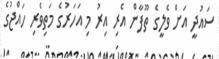
ސައުދީ އަށް ވެލީގެ ތޫފާން އެރި އިރު މި އަހަރުގެ މަތިވެރި ހައްޖުގެ